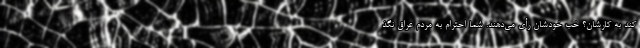
کند به کارشان؟ خب خودشان رأی می‌دهند. شما احترام به مردم عراق نگذ